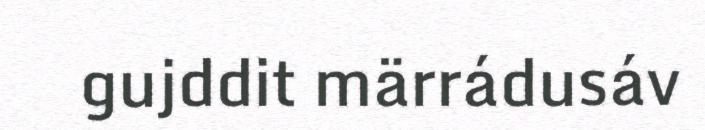
gujddit märrádusáv